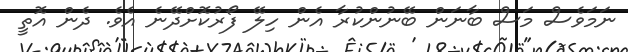
ނަމަވެސް މަސް ބާނަން ބޭނުންކުރާ އެން ހިލޭ ފޯރުކޮށްދޭނެ އެވެ. ދެން އޮތީ